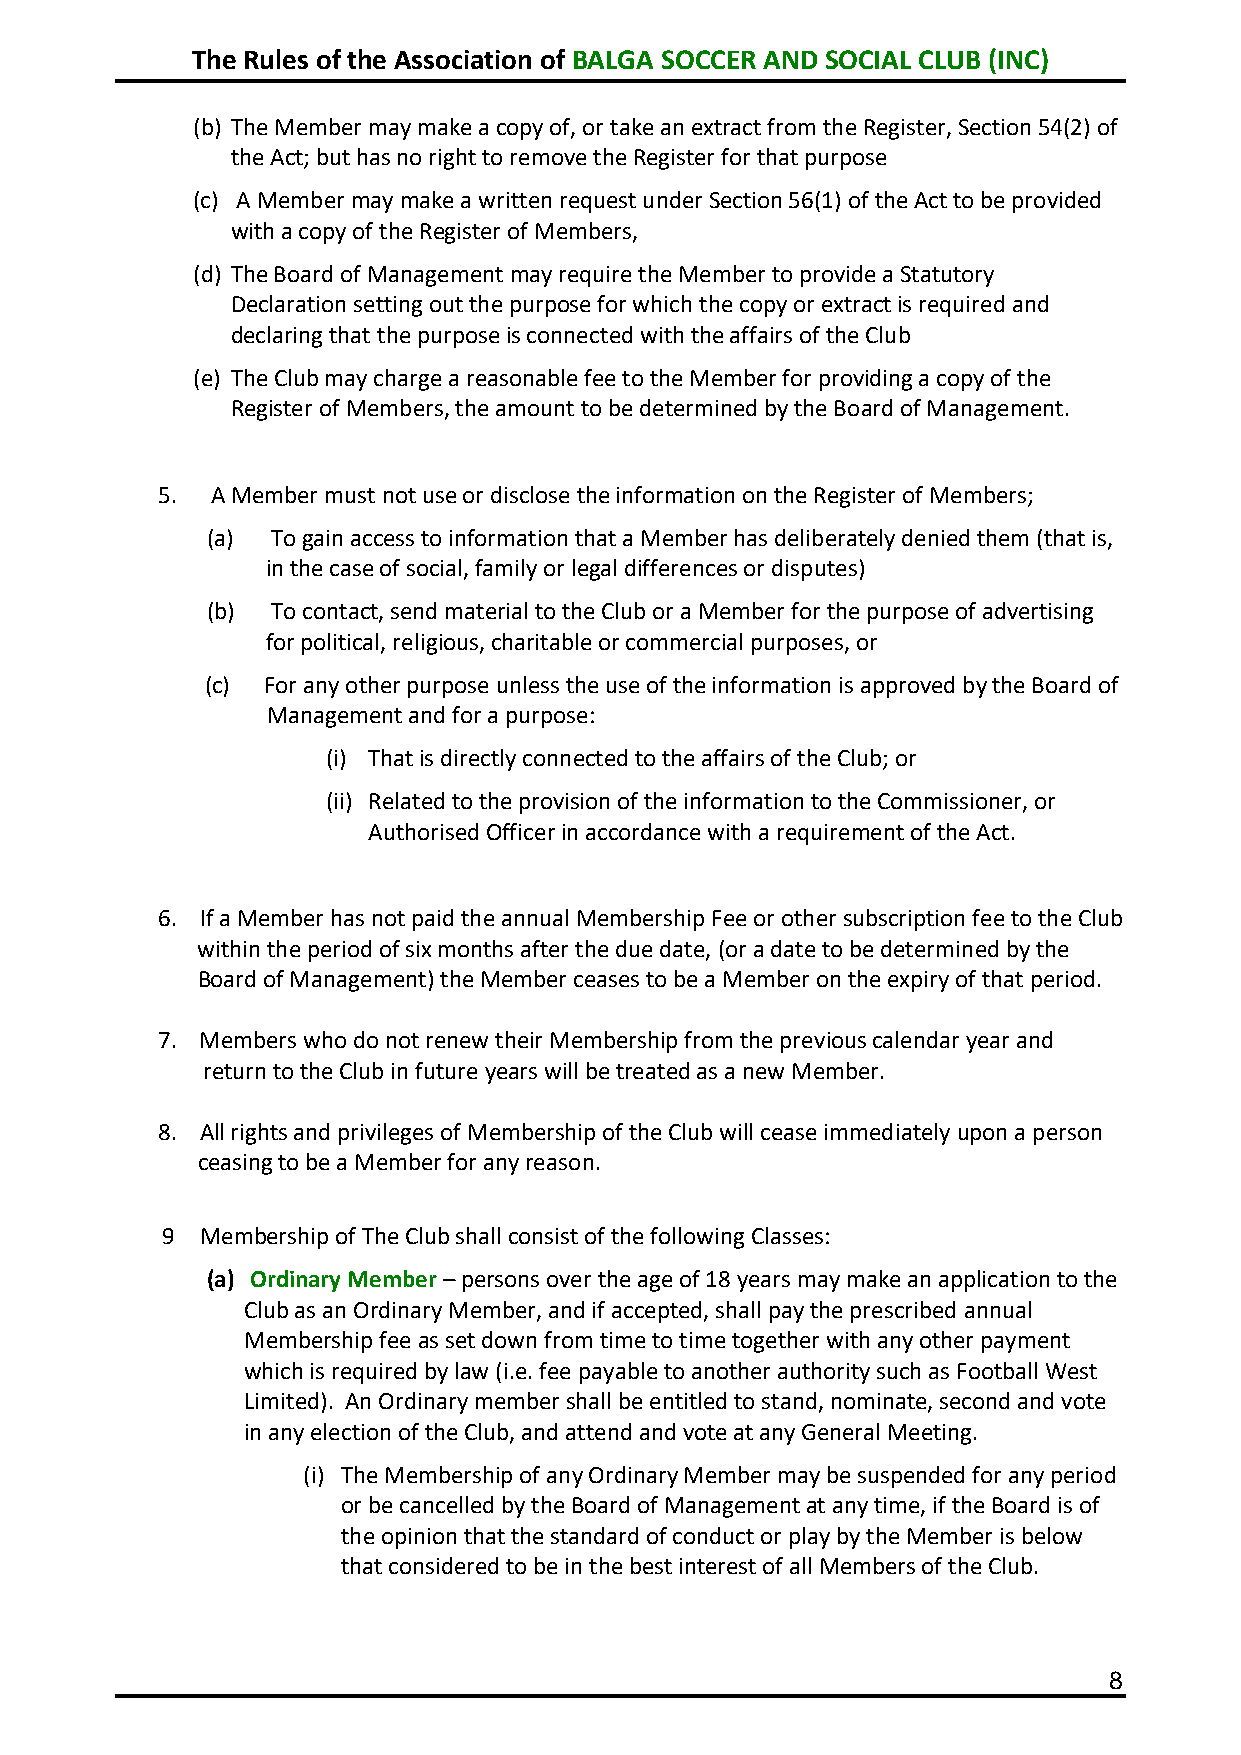
The Rules of the Association of BALGA SOCCER AND SOCIAL CLUB (INC)
 (b) The Member may make a copy of, or take an extract from the Register, Section 54(2) of
 the Act; but has no right to remove the Register for that purpose
 (c) A Member may make a written request under Section 56(1) of the Act to be provided
 with a copy of the Register of Members,
 (d) The Board of Management may require the Member to provide a Statutory
 Declaration setting out the purpose for which the copy or extract is required and
 declaring that the purpose is connected with the affairs of the Club
 (e) The Club may charge a reasonable fee to the Member for providing a copy of the
 Register of Members, the amount to be determined by the Board of Management.
 5.  A Member must not use or disclose the information on the Register of Members;
 (a) To gain access to information that a Member has deliberately denied them (that is,
 in the case of social, family or legal differences or disputes)
 (b) To contact, send material to the Club or a Member for the purpose of advertising
 for political, religious, charitable or commercial purposes, or
 (c) For any other purpose unless the use of the information is approved by the Board of
 Management and for a purpose:
 (i) That is directly connected to the affairs of the Club; or
 (ii) Related to the provision of the information to the Commissioner, or
 Authorised Officer in accordance with a requirement of the Act.
 6. If a Member has not paid the annual Membership Fee or other subscription fee to the Club
 within the period of six months after the due date, (or a date to be determined by the
 Board of Management) the Member ceases to be a Member on the expiry of that period.
 7. Members who do not renew their Membership from the previous calendar year and
 return to the Club in future years will be treated as a new Member.
 8. All rights and privileges of Membership of the Club will cease immediately upon a person
 ceasing to be a Member for any reason.
 9 Membership of The Club shall consist of the following Classes:
 (a) Ordinary Member – persons over the age of 18 years may make an application to the
 Club as an Ordinary Member, and if accepted, shall pay the prescribed annual
 Membership fee as set down from time to time together with any other payment
 which is required by law (i.e. fee payable to another authority such as Football West
 Limited). An Ordinary member shall be entitled to stand, nominate, second and vote
 in any election of the Club, and attend and vote at any General Meeting.
 (i) The Membership of any Ordinary Member may be suspended for any period
 or be cancelled by the Board of Management at any time, if the Board is of
 the opinion that the standard of conduct or play by the Member is below
 that considered to be in the best interest of all Members of the Club.
 8